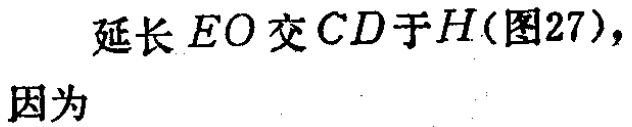
延长 \(EO\) 交 \(CD\) 于 \(H\)(图27)，
因为